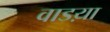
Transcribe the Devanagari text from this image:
वाडय़ा